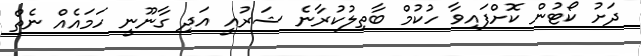
ދަށު ކޯޓުން ކޮށްފައިވާ ހުކުމް ބާތިލުކުރާނެ ޝަރުއީ އަދި ގާނޫނީ ހަމައެއް ނެތް